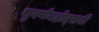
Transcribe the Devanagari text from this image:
सुवर्णमहोत्‍सवी